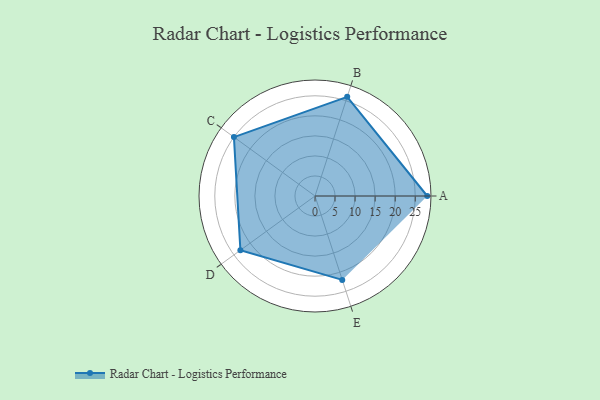
{"axis": {"x": "Skill", "y": "Score"}, "legend": ["Profile"], "data": [{"x": "A", "y": 28.0, "type": "Profile"}, {"x": "B", "y": 26.0, "type": "Profile"}, {"x": "C", "y": 25.0, "type": "Profile"}, {"x": "D", "y": 23.0, "type": "Profile"}, {"x": "E", "y": 22.0, "type": "Profile"}]}